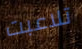
تلاعبت